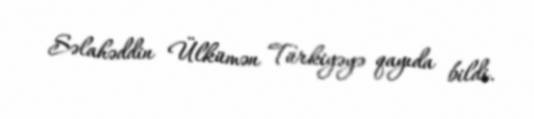
Səlahəddin Ülkümən Türkiyəyə qayıda bildi.